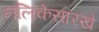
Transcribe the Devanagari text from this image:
नलिकेसारखे